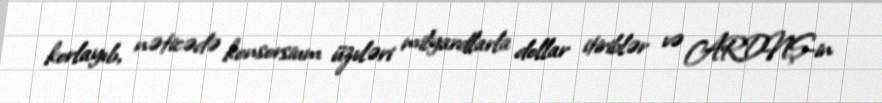
korlayıb, nəticədə konsorsium üzvləri milyardlarla dollar itiriblər və ARDNŞ-in